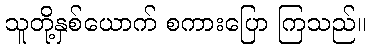
သူတို့နှစ်ယောက် စကားပြော ကြသည်။